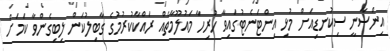
އިންސާނީ ސިކުނޑިއަށް މުޅި އިންޓަނެޓުގައިވާ ހުރިހާ މައުލޫމާތެއް ރައްކާކުރުމުގެ ގާބިލުކަން ލިބިގެންވާ ކަމަށް